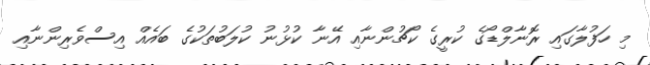
މި ހަފުލާގައި ރޮނާލްޑޯގެ ކުރީގެ ކޯޗުންނާއި އޭނާ ކުޅުނު ކުލަބުތަކުގެ ބައެއް އިސްވެރިންނާއި